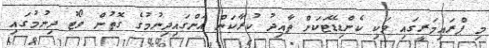
މި ޕްރައިމަރީގައި ވަކި ކެންޑިޑޭޓަކަށް ތާއިދު ކުރާކަން އަންގައިދިނުމުގެ ގޮތުން ވޯޓު ދިނުމުގައި